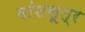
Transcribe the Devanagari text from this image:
मांससूत्र